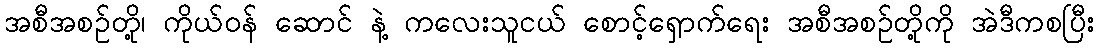
အစီအစဉ်တို့၊ ကိုယ်ဝန် ဆောင် နဲ့ ကလေးသူငယ် စောင့်ရှောက်ရေး အစီအစဉ်တို့ကို အဲဒီကစပြီး